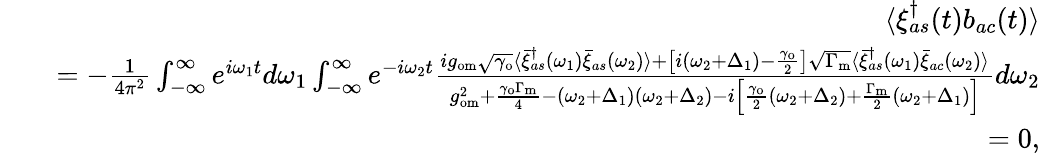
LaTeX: \begin{array}{rlr}&{}&{\langle\xi_{as}^{\dagger}(t)b_{ac}(t)\rangle}\\ &{}&{=-\frac{1}{4\pi^{2}}\int_{-\infty}^{\infty}e^{i\omega_{1}t}d\omega_{1}\int_{-\infty}^{\infty}e^{-i\omega_{2}t}\frac{ig_{\mathrm{om}}\sqrt{\gamma_{\mathrm{o}}}\langle\bar{\xi}_{as}^{\dagger}(\omega_{1})\bar{\xi}_{as}(\omega_{2})\rangle+\left[i(\omega_{2}+\Delta_{1})-\frac{\gamma_{\mathrm{o}}}{2}\right]\sqrt{\Gamma_{\mathrm{m}}}\langle\bar{\xi}_{as}^{\dagger}(\omega_{1})\bar{\xi}_{ac}(\omega_{2})\rangle}{g_{\mathrm{om}}^{2}+\frac{\gamma_{\mathrm{o}}\Gamma_{\mathrm{m}}}{4}-(\omega_{2}+\Delta_{1})(\omega_{2}+\Delta_{2})-i\left[\frac{\gamma_{\mathrm{o}}}{2}(\omega_{2}+\Delta_{2})+\frac{\Gamma_{\mathrm{m}}}{2}(\omega_{2}+\Delta_{1})\right]}d\omega_{2}}\\ &{}&{=0,}\end{array}